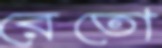
রেতো